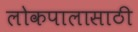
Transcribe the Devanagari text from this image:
लोकपालासाठी